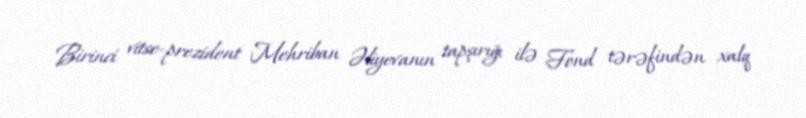
Birinci vitse-prezident Mehriban Əliyevanın tapşırığı ilə Fond tərəfindən xalq